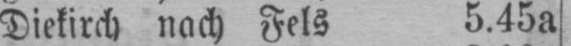
Diekirch nach Fels 5.45a